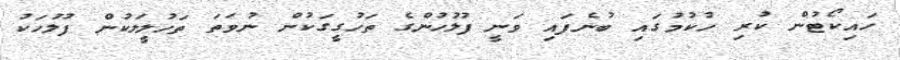
ހައިކޯޓުން ކުރި ހުކުމުގައި ބުނެފައި ވަނީ ފުލުހުންގެ ތަހުގީގަކުން ނުވަތަ ތަހުލީލަކުން ފުލުހަކު